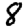
Digit: 8